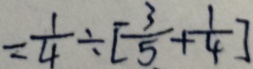
= \frac { 1 } { 4 } \div [ \frac { 3 } { 5 } + \frac { 1 } { 4 } ]